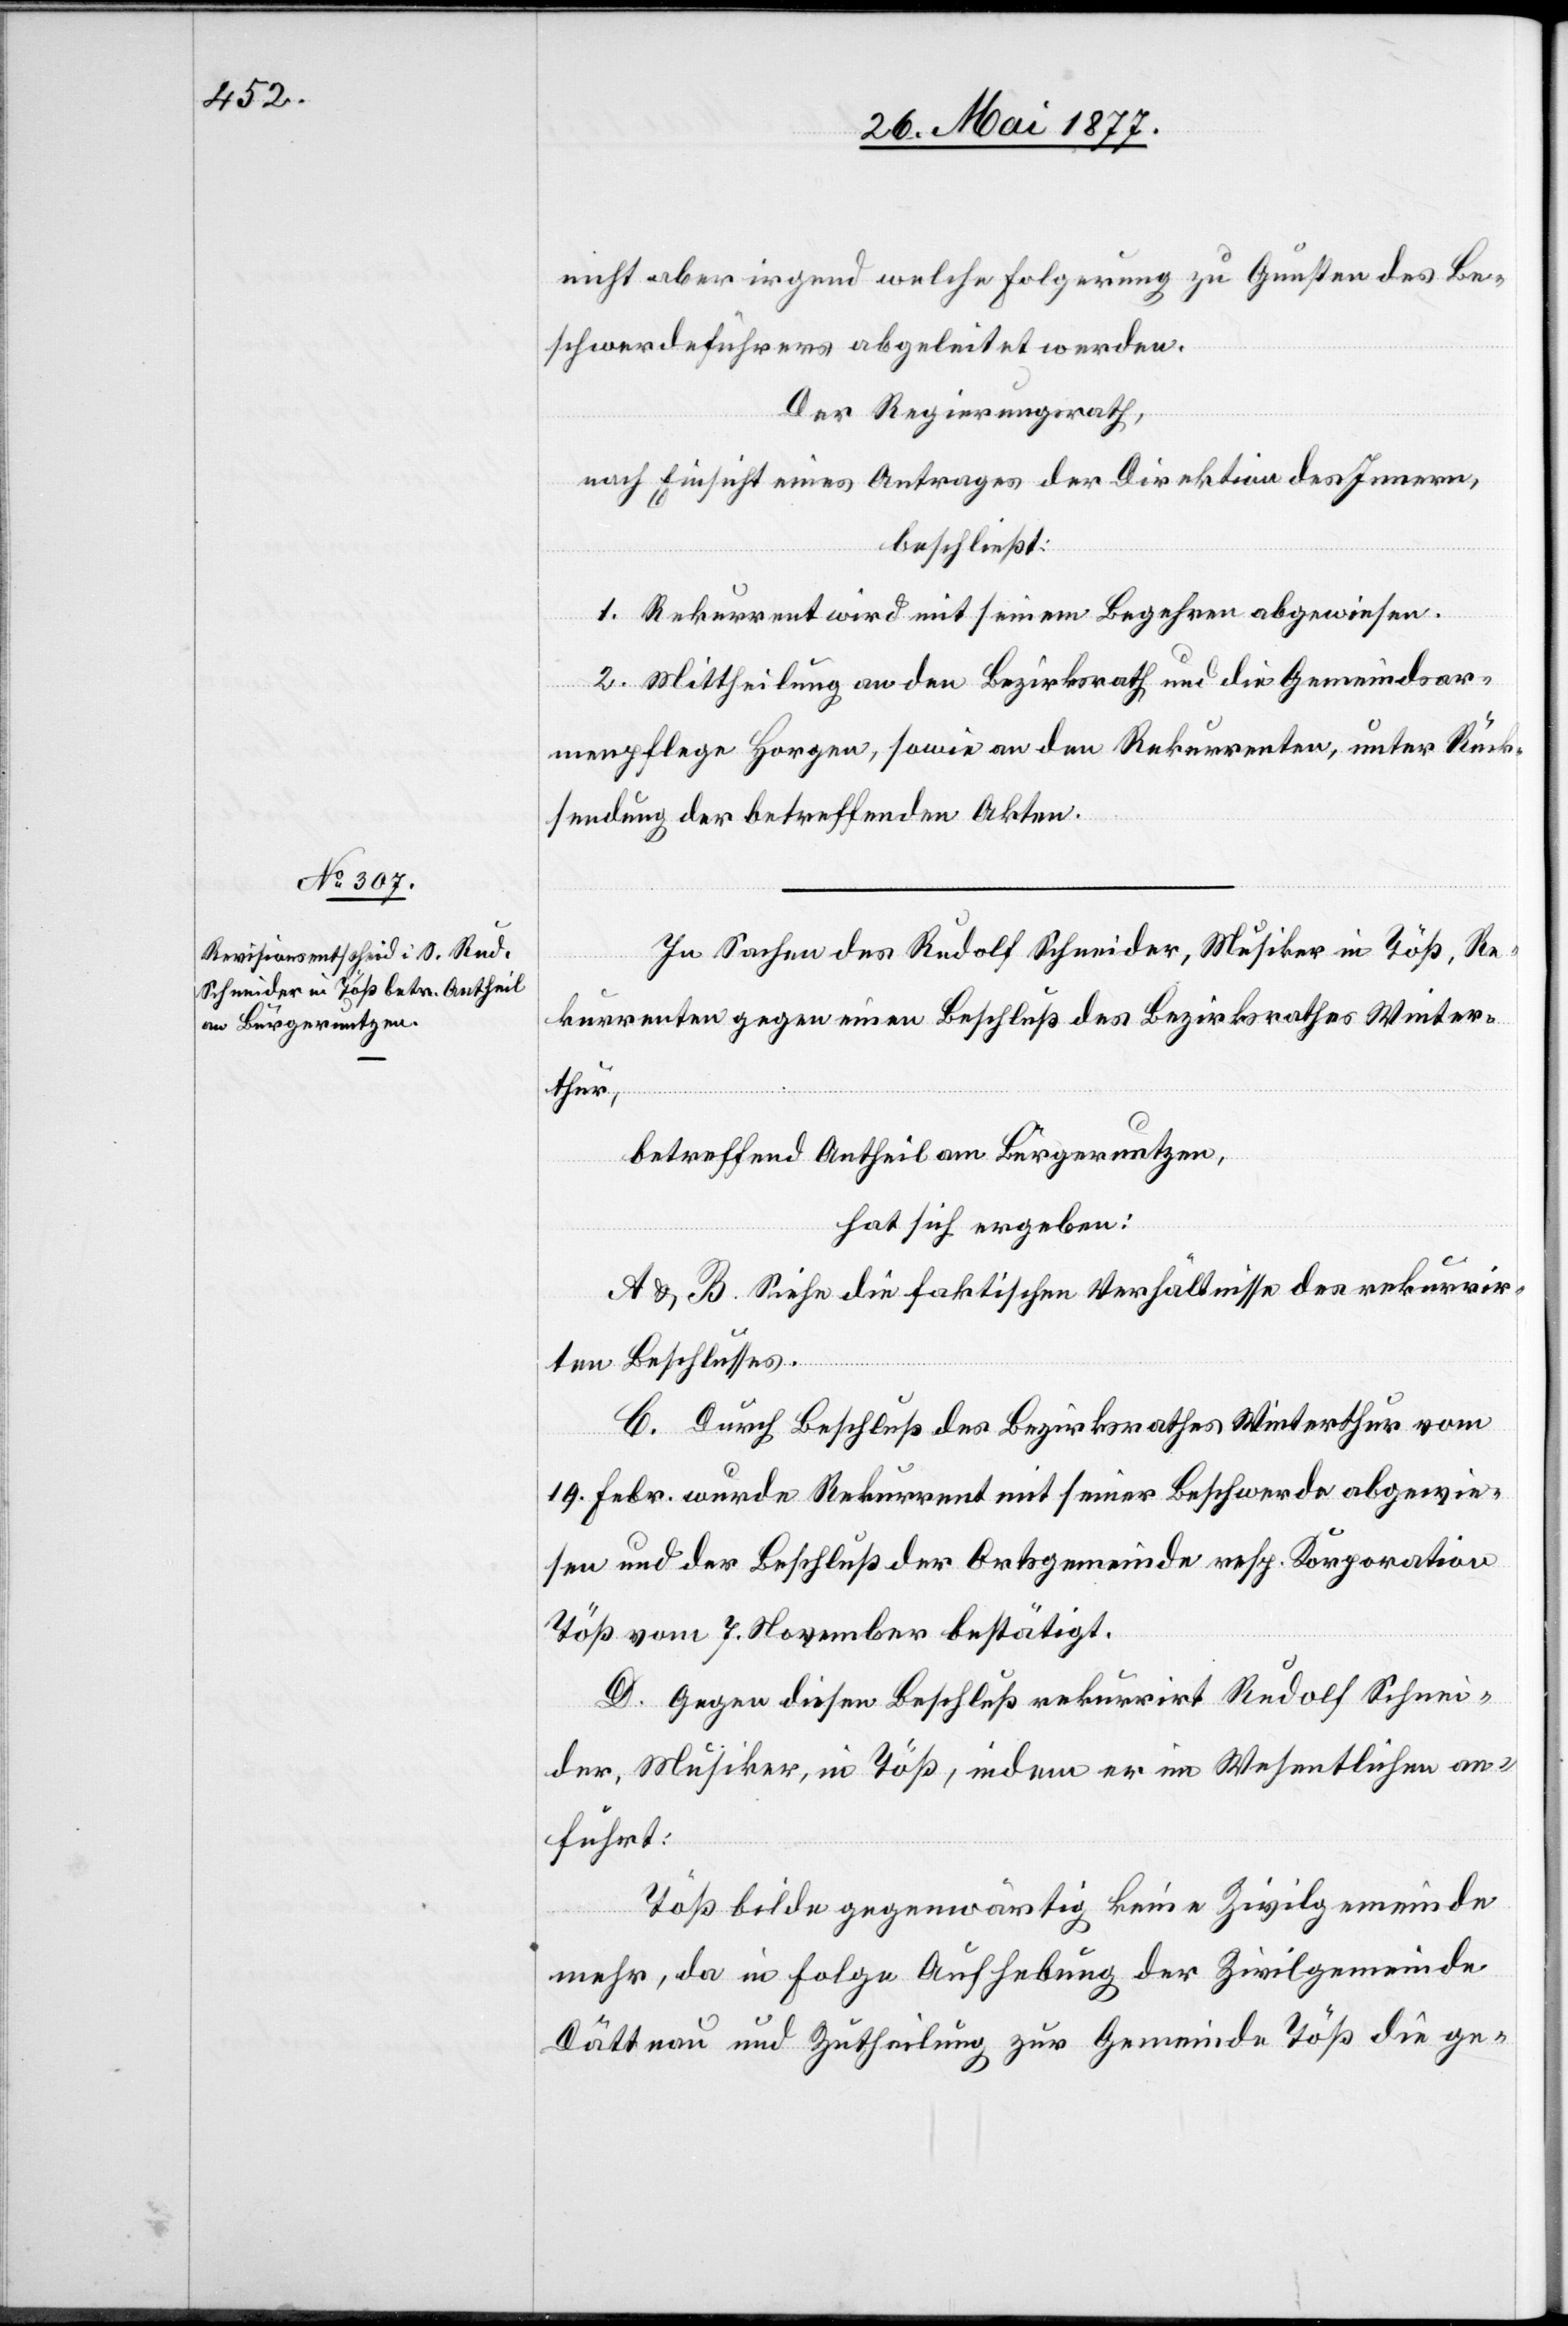
nicht aber irgendwelche Folgerungen zu Gunsten des Be¬
schwerdeführers abgeleitet werden.
Der Regierungsrath,
nach Einsicht eines Antrages der Direktion des Innern,
beschließt:
1. Rekurrent wird mit seinem Begehren abgewiesen.
2. Mittheilung an den Bezirksrath und die Gemeindsar¬
menpflege Horgen, sowie an den Rekurrenten, unter Rück¬
sendung der betreffenden Akten.
In Sachen des Rudolf Schneider, Musiker in Töß, Re¬
kurrenten gegen einen Beschluß des Bezirksrathes Winter¬
thur,
betreffend Antheil am Bürgernutzen,
hat sich ergeben:
A & B. Siehe die faktischen Verhältnisse des rekurrir¬
ten Beschlusses.
C. Durch Beschluß des Bezirksrathes Winterthur vom
19. Febr. wurde Rekurrent mit seiner Beschwerde abgewie¬
sen und der Beschluß der Ortsgemeinde resp. Korporation
Töß vom 7. November bestätigt.
D. Gegen diesen Beschluß rekurrirt Rudolf Schnei¬
der, Musiker, in Töß, indem er im Wesentlichen an¬
führt:
Töß bilde gegenwärtig keine Zivilgemeinde
mehr, da in Folge Aufhebung der Zivilgemeinde
Dättnau und Zutheilung zur Gemeinde Töß die ge-